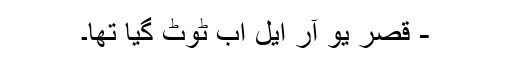
- قصر یو آر ایل اب ٹوٹ گیا تھا۔